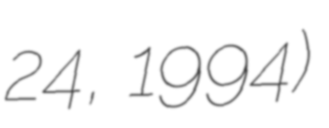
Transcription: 24, 1994)